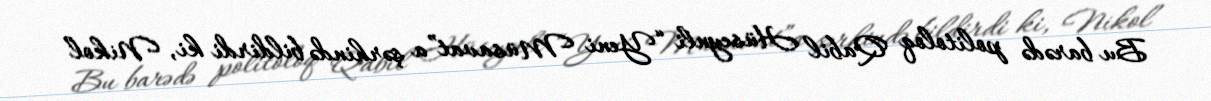
Bu barədə politoloq Qabil Hüseynli “Yeni Müsavat”a şərhində bildirdi ki, Nikol